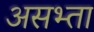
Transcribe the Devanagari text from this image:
असभ्ता